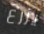
يزرع